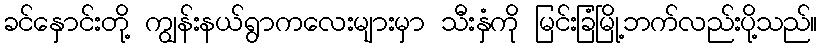
ခင်နှောင်းတို့ ကျွန်းနယ်ရွာကလေးများမှာ သီးနှံကို မြင်းခြံမြို့ဘက်လည်းပို့သည်။